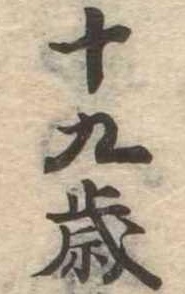
十九歳